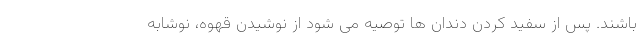
باشند. پس از سفید کردن دندان ها توصیه می شود از نوشیدن قهوه، نوشابه